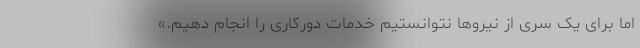
اما برای یک سری از نیروها نتوانستیم خدمات دورکاری را انجام دهیم.»